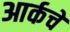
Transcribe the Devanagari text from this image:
आर्कचे